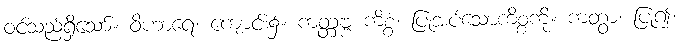
ဝင်သည်ရှိသော်။ ဝိဟာရေ၊ ကျောင်း၌။ ကတ္တဗ္ဗ ကိစ္စံ၊ ပြုအပ်သောကိစ္စကို။ ကတွာ၊ ပြု၍။